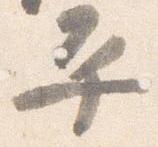
平